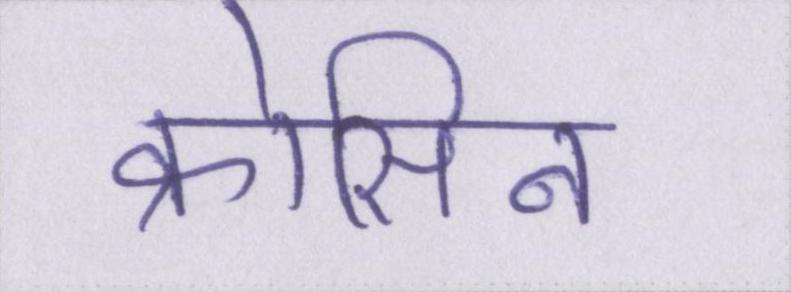
क्रोसिन